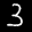
Label: 3